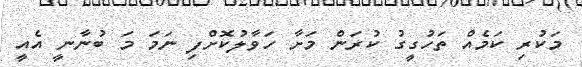
މަކުރި ކަމެއް ތަހުގީގު ކުރަން މަށާ ހަވާލުކޮށްފި ނަމަ މަ ބުނާނީ އެއީ